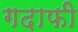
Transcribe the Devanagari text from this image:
गदाफी